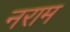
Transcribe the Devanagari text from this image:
नराम